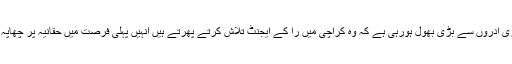
پھر تو سرکاری ادروں سے بڑی بھول ہورہی ہے کہ وہ کراچی میں را کے ایجنٹ تلاش کرتے پھرتے ہیں انہیں پہلی فرصت میں حقانیہ پر چھاپہ مارنا چاہیے۔